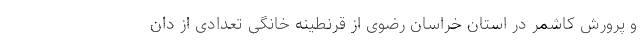
و پرورش کاشمر در استان خراسان رضوی از قرنطینه خانگی تعدادی از دان